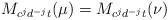
LaTeX: \begin{align*}M_{c^jd^{-j}t}(\mu)=M_{c^jd^{-j}t}(\nu)\quad\end{align*}